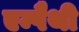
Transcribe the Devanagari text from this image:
एम्पैथी